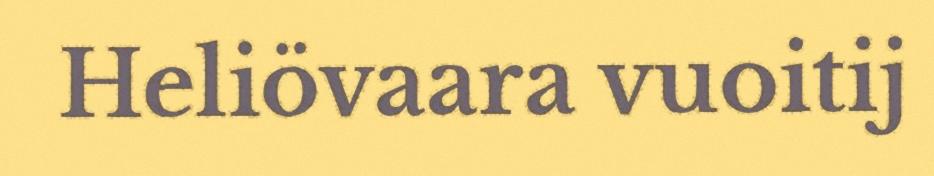
Heliövaara vuoitij